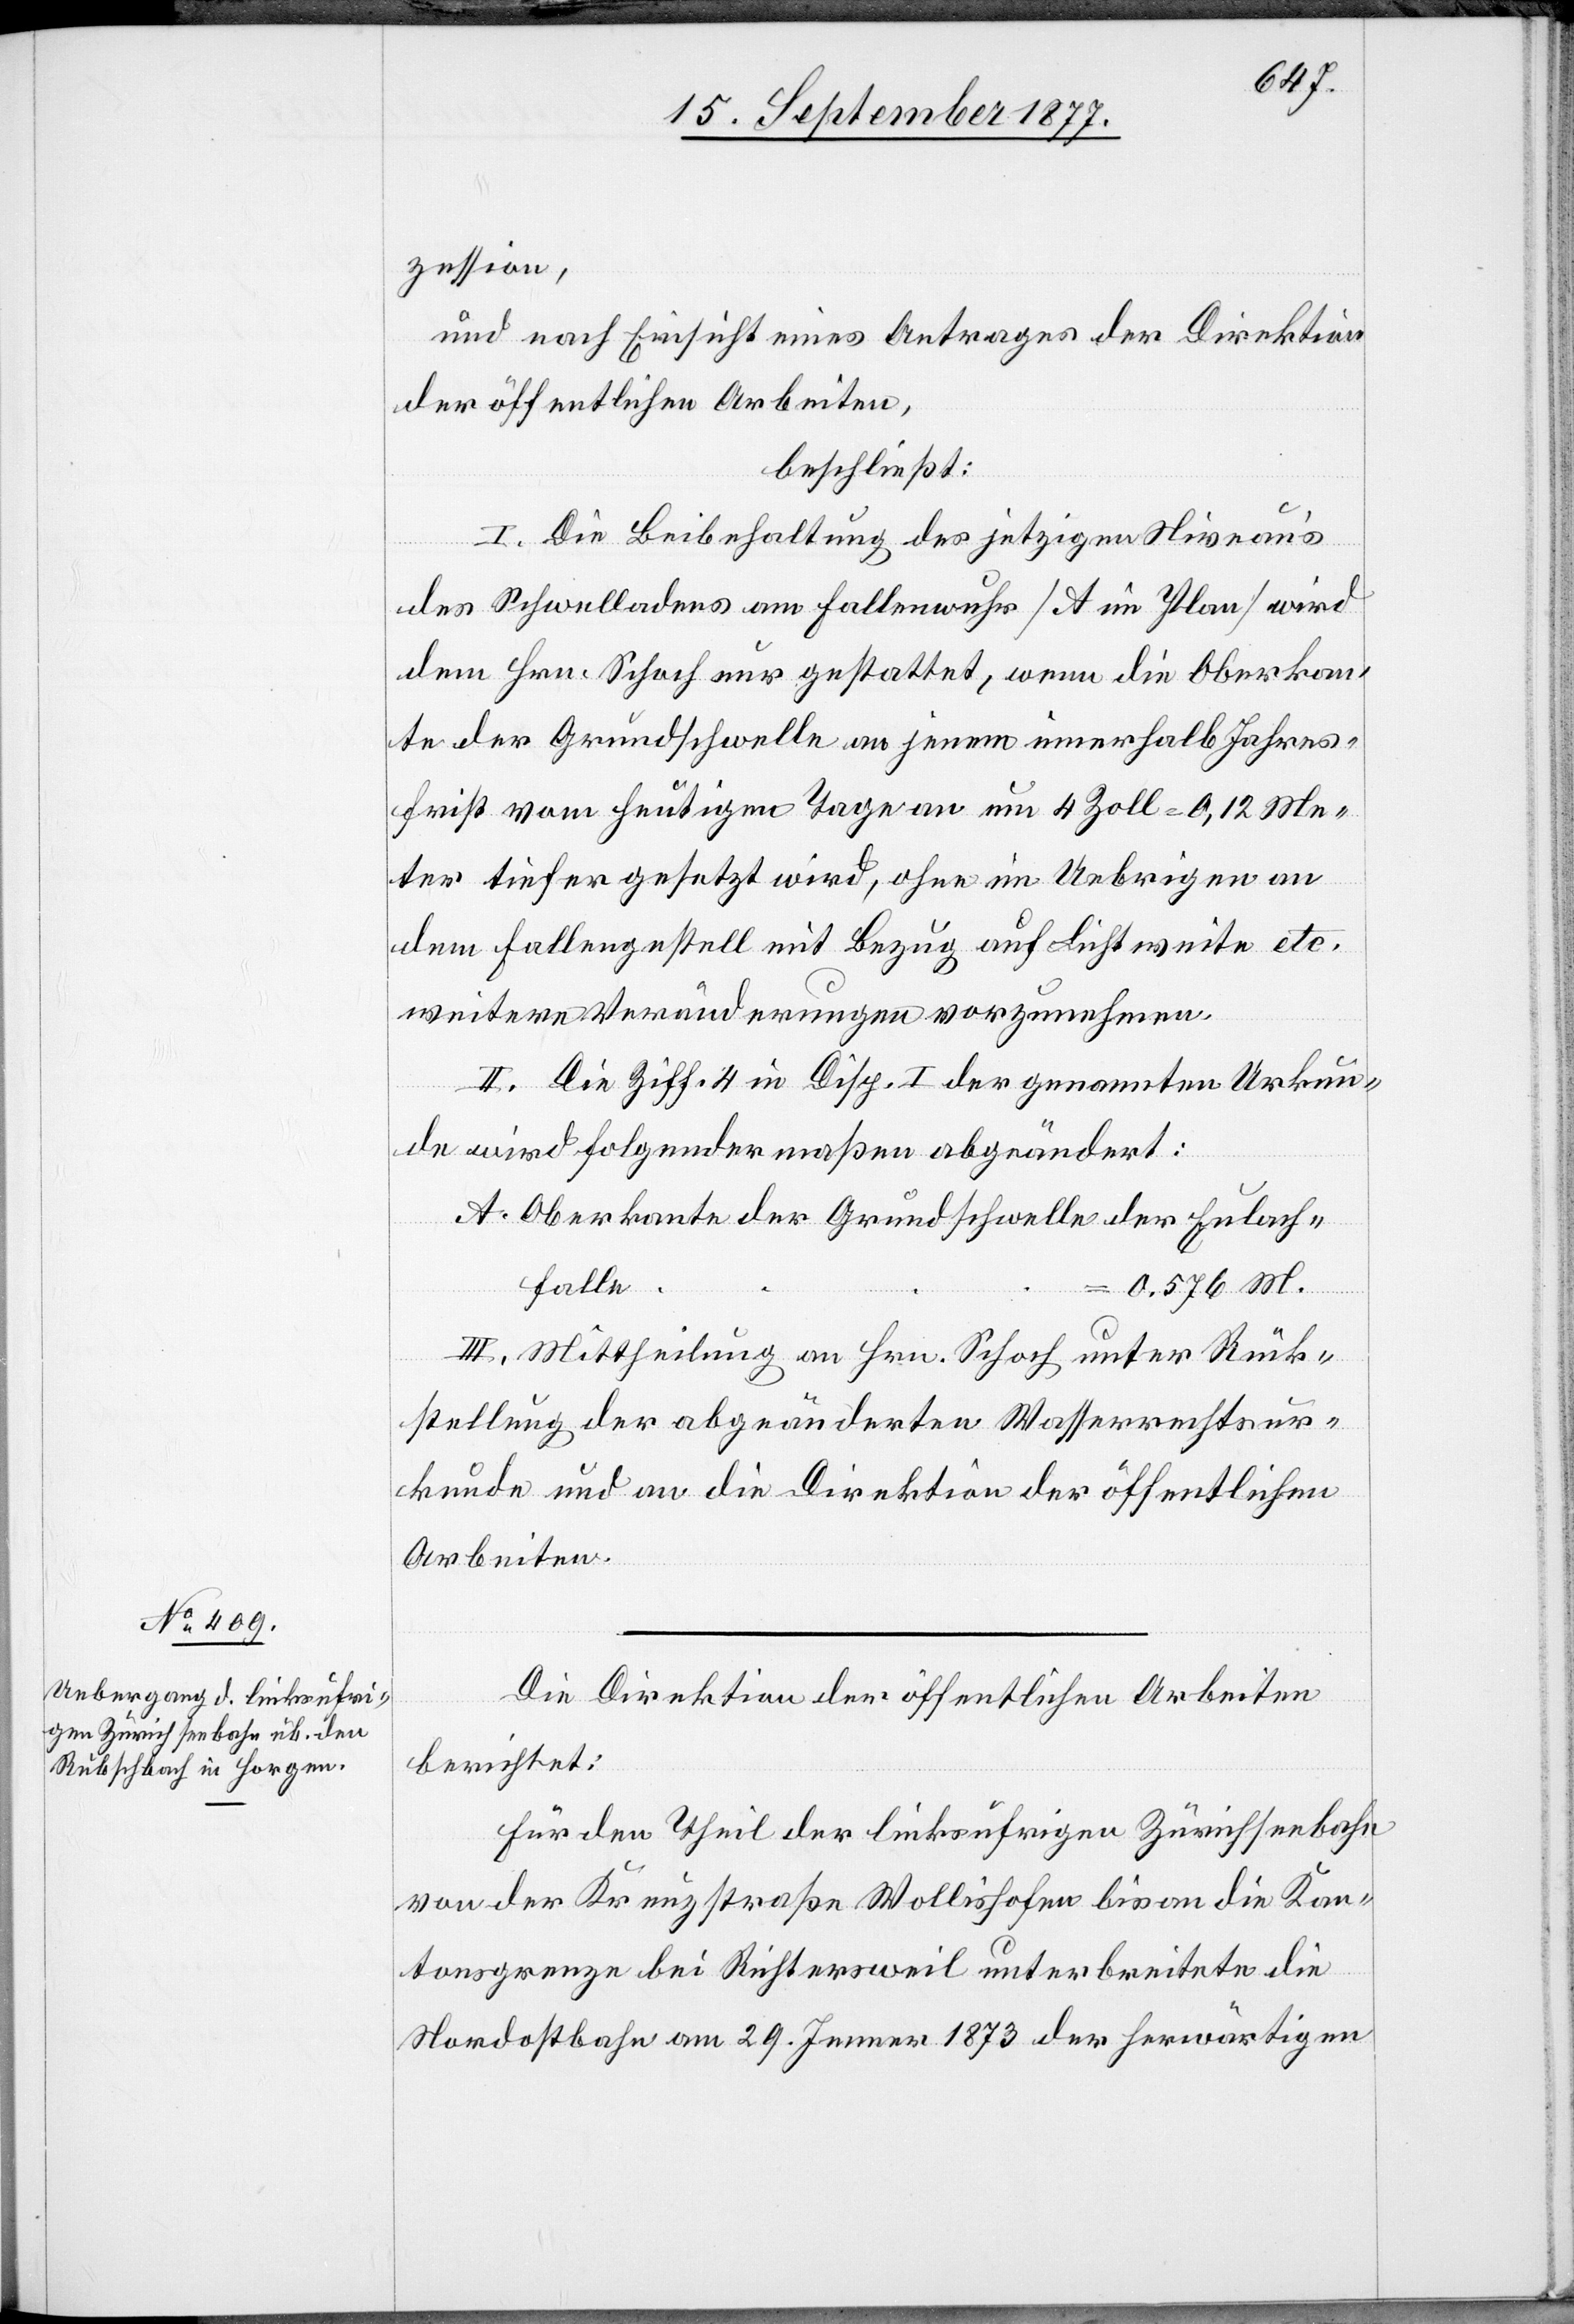
zession,
und nach Einsicht eines Antrages der Direktion
der öffentlichen Arbeiten,
beschließt:
I. Die Beibehaltung des jetzigen Niveau’s
des Schwelladens am Fallenwuhr [A im Plan] wird
dem Hrn. Schoch nur gestattet, wenn die Oberkan¬
te der Grundschwelle an jenem innerhalb Jahres¬
frist vom heutigen Tage an um 4 Zoll = 0,12 Me¬
ter tiefer gesetzt wird, ohne im Uebrigen an
dem Fallengestell mit Bezug auf Lichtweite etc.
weitere Veränderungen vorzunehmen.
II. Die Ziff. 4 in Disp. I der genannten Urkun¬
de wird folgendermaßen abgeändert:
A. Oberkante der Grundschwelle der Eulach¬
falle
=
0.576 M.
III. Mittheilung an Hrn. Schoch unter Rück¬
stellung der abgeänderten Wasserrechtsur¬
kunde und an die Direktion der öffentlichen
Arbeiten.
Die Direktion der öffentlichen Arbeiten
berichtet:
Für den Theil der linksufrigen Zürichseebahn
von der Kreuzstraße Wollishofen bis an die Kan¬
tonsgrenze bei Richtersweil unterbreitete die
Nordostbahn am 29. Jenner 1873 der herwärtigen